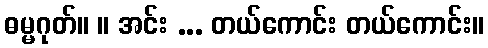
ဓမ္မဂုတ်။ ။ အင်း ... တယ်ကောင်း တယ်ကောင်း။